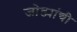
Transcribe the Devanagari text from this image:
जोड्यांची